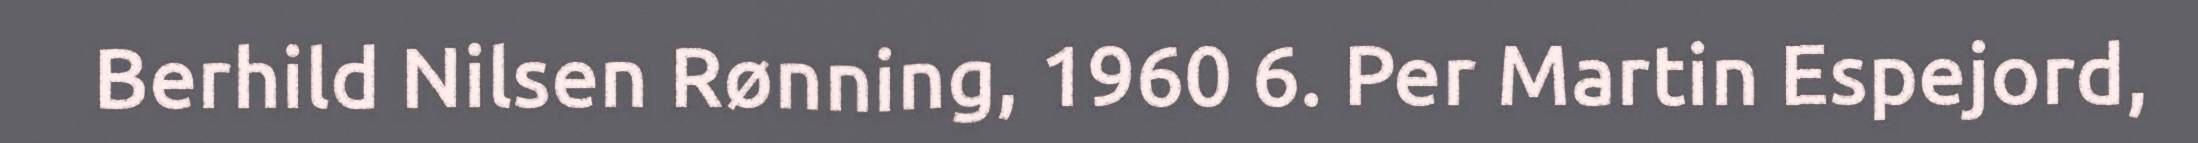
Berhild Nilsen Rønning, 1960 6. Per Martin Espejord,